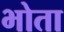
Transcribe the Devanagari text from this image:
भोता